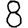
Digit: 8